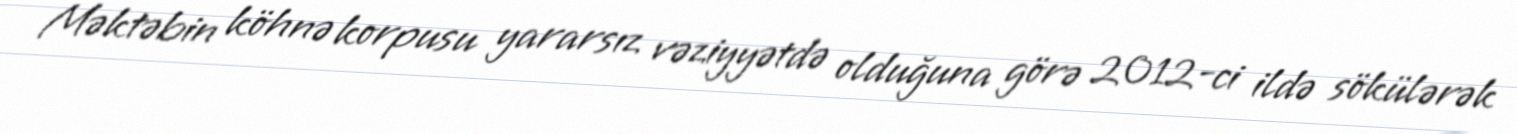
Məktəbin köhnə korpusu yararsız vəziyyətdə olduğuna görə 2012-ci ildə sökülərək